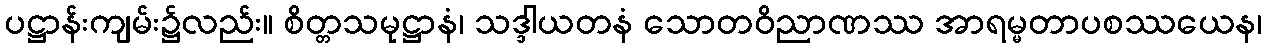
ပဋ္ဌာန်းကျမ်း၌လည်း။ စိတ္တသမုဋ္ဌာနံ၊ သဒ္ဒါယတနံ သောတဝိညာဏဿ အာရမ္မတာပစဿယေန၊